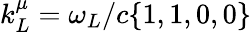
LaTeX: k_{L}^{\mu}=\omega_{L}/c\{ 1,1,0,0\}